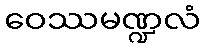
ဝေဿမဏ္ဍလံ